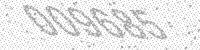
Solution: 009685